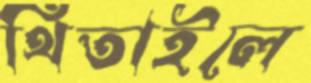
থিতাইলে